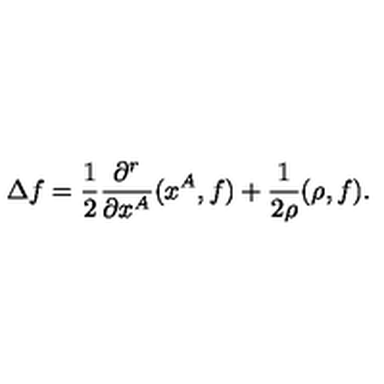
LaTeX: \Delta f = \frac { 1 } { 2 } \frac { \partial ^ { r } } { \partial x ^ { A } } ( x ^ { A } , f ) + \frac { 1 } { 2 \rho } ( \rho , f ) .